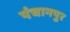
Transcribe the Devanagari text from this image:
पंचानपुर